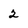
Character: 2